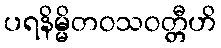
ပရနိမ္မိတဝသဝတ္တီဟိ